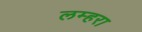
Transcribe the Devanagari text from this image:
लम्हरा